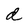
Character: d